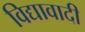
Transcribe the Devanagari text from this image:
विद्यावादी